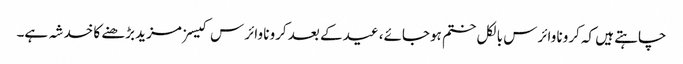
چاہتے ہیں کہ کرونا وائرس بالکل ختم ہوجائے، عید کے بعد کرونا وائرس کیسز مزید بڑھنے کا خدشہ ہے۔